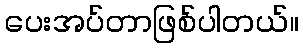
ပေးအပ်တာဖြစ်ပါတယ်။